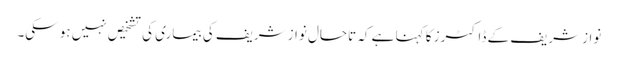
نواز شریف کے ڈاکٹرز کا کہنا ہے کہ تاحال نواز شریف کی بیماری کی تشخیص نہیں ہو سکی۔